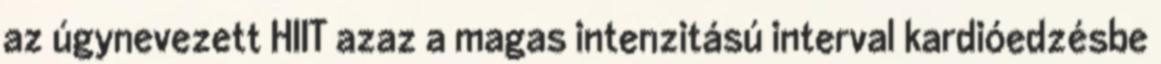
az úgynevezett HIIT azaz a magas intenzitású interval kardióedzésbe